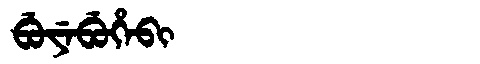
Manchu: ᠪᡠᠶᡝᠪᡠᡥᡝᠪᡳ
Romanization: BUYEBUHEBI